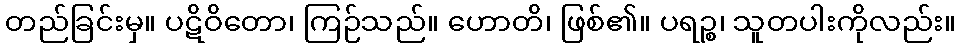
တည်ခြင်းမှ။ ပဋိဝိတော၊ ကြဉ်သည်။ ဟောတိ၊ ဖြစ်၏။ ပရဉ္စ၊ သူတပါးကိုလည်း။